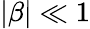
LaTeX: \left|\beta\right|\ll 1